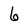
Character: 6